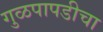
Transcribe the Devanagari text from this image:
गुळपापडीचा